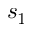
s _ { 1 }